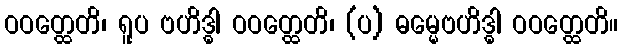
ဝဝတ္ထေတိ၊ ရူပ ဗဟိဒ္ဓါ ဝဝတ္ထေတိ၊ (ပ) ဓမ္မေဗဟိဒ္ဓါ ဝဝတ္ထေတိ။